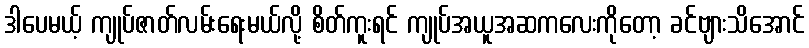
ဒါပေမယ့် ကျုပ်ဇာတ်လမ်းရေးမယ်လို့ စိတ်ကူးရင် ကျုပ်အယူအဆကလေးကိုတော့ ခင်ဗျားသိအောင်